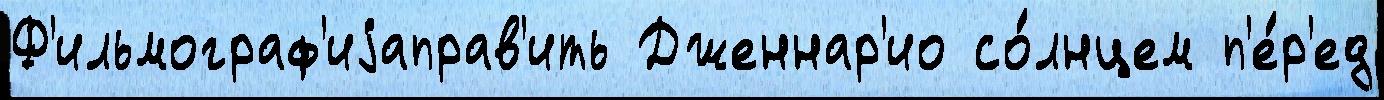
Ф'ильмограф'иjаправ'ить Дженнар'ио со́лнцем п'е́р'ед